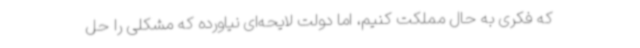
که فکری به حال مملکت کنیم، اما دولت لایحه‌ای نیاورده که مشکلی را حل